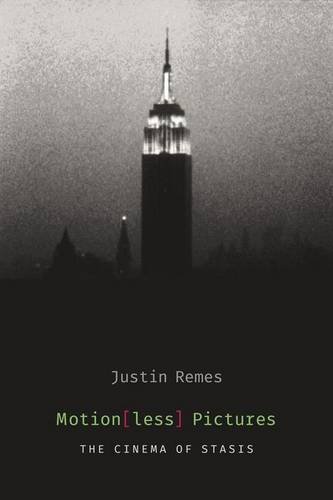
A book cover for Motion(less) Pictures: The Cinema of Stasis (Film and Culture Series); Justin Remes; Humor & Entertainment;